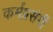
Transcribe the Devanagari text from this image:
कर्मप्रसंगीं